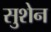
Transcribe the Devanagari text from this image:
सुशेन